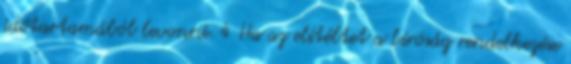
időtartamából levonni. 4 Ha az elítéltet a bíróság rendelkezése